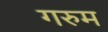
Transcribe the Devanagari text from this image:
गरुम